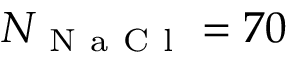
N _ { \mathrm { ~ N ~ a ~ C ~ l ~ } } = 7 0